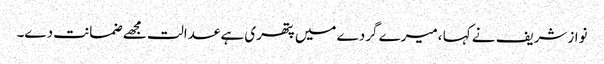
نوازشریف نے کہا ،میرے گردے میں پتھری ہے عدالت مجھے ضمانت دے۔